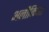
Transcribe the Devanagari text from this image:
अलौकिआ